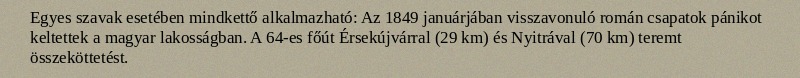
Egyes szavak esetében mindkettő alkalmazható: Az 1849 januárjában visszavonuló román csapatok pánikot keltettek a magyar lakosságban. A 64-es főút Érsekújvárral (29 km) és Nyitrával (70 km) teremt összeköttetést.